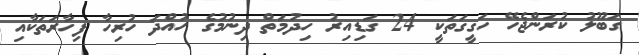
ގަބޫލު ކުރަންޖެހޭ ހަގީގަތަކީ 24 ގަޑިއިރު ހިދުމަތް ދިނުމުގެ ހުއްދަ ހުރިހާ ފިހާރަތަކާއި